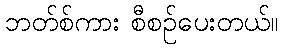
ဘတ်စ်ကား စီစဉ်ပေးတယ်။